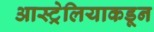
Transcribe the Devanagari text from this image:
आस्ट्रेलियाकडून